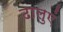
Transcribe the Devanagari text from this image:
ढालुएं